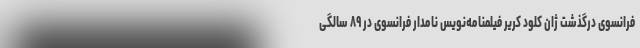
فرانسوی درگذشت ژان کلود کریر فیلمنامه‌نویس نامدار فرانسوی در ۸۹ سالگی